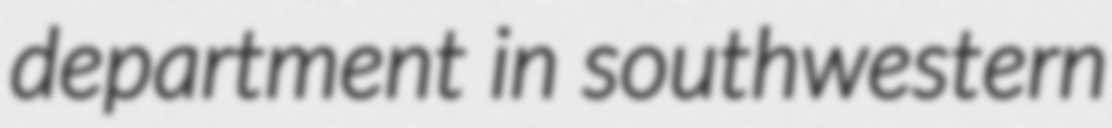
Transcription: department in southwestern